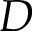
D